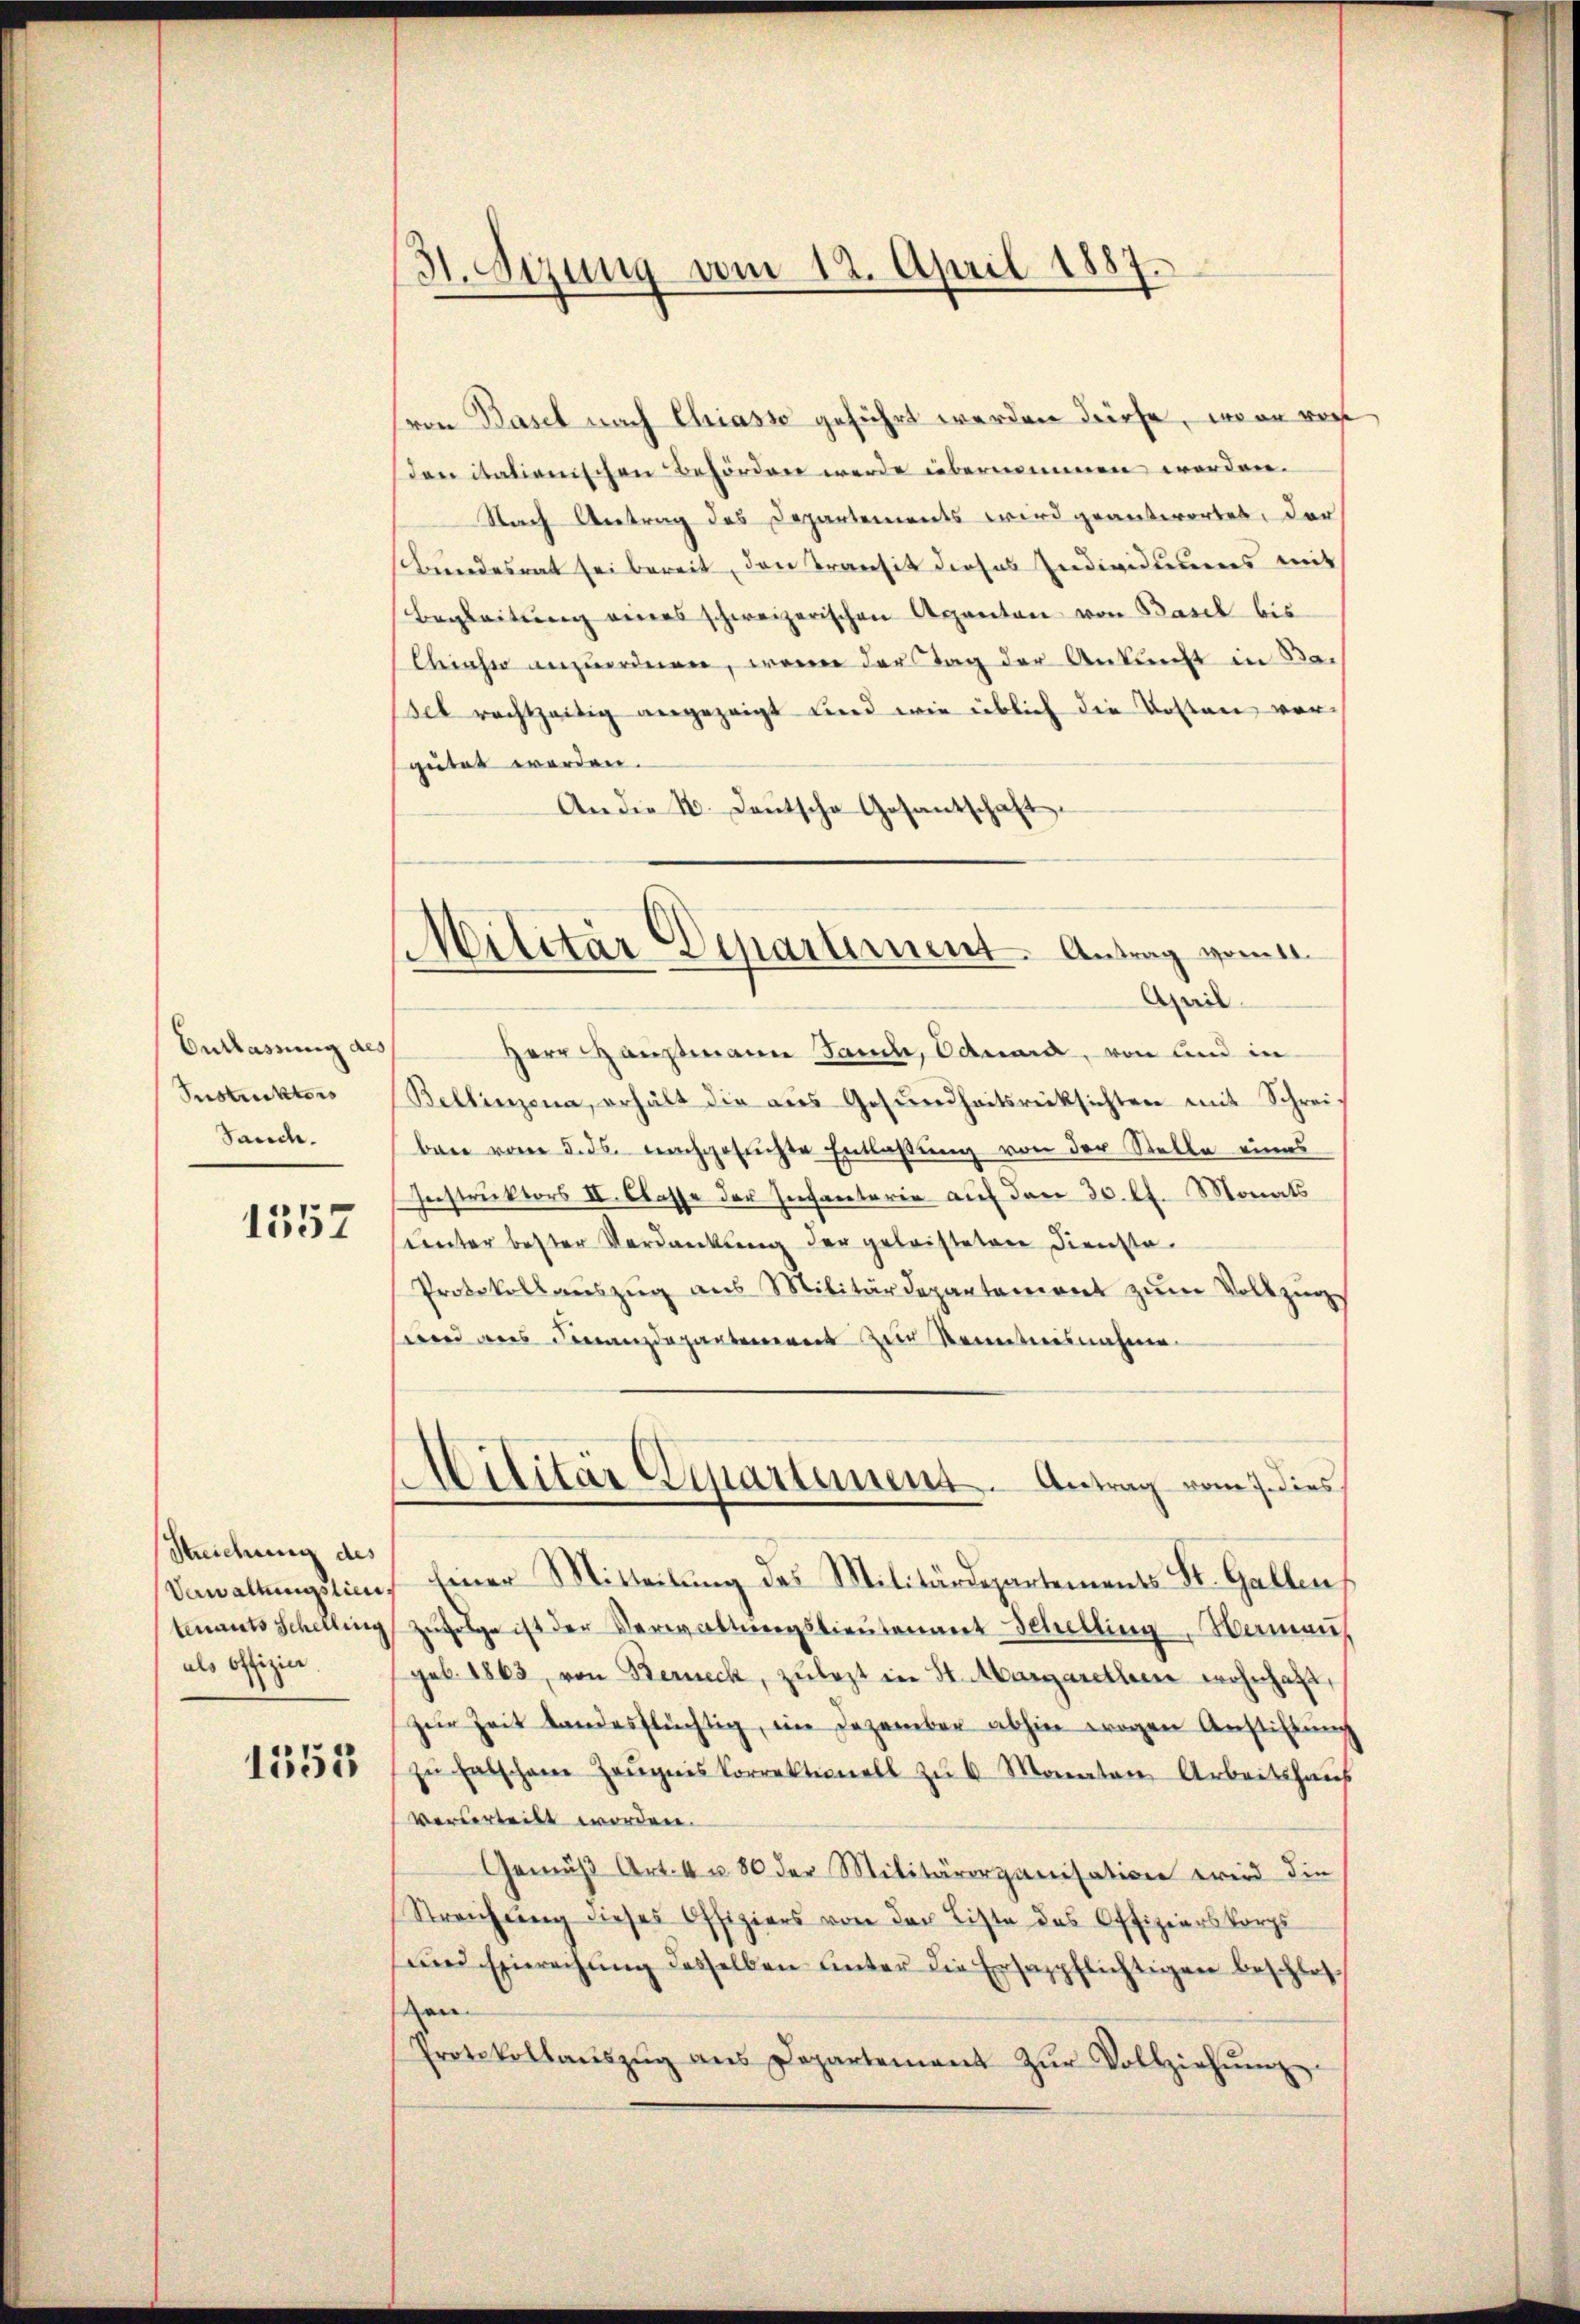
Entlassung des
Sustruktors
Sand.

1357

Streichung des
Verwaltungstien,
tenants Schelling
als Offizice

1555

31. Sizung vom 12. April 1887.

von Basel nach Chiasso geführt werden dürfe, wenn vor
den italienischen Behörden werde übernommen werden.
Nach Antrag des Departements wird geantwortet, der
Bundesrat sei bereit, den Transit dieses Individuums mit
Begleitung eines schweizerischen Agenten von Basel bis
Chiaher anzuordnen, wenn der Tag der Ankunft in Bapsel rechtzeitig angezeigt und wie üblich die Kosten vergütet werden.
An die 4. Deutsche Gesantschaft.
Herr Hausmann Sand, Oduard, von und in
Bellinzona, erhält die aŭs Gesŭndheitsrücksichten mit Schrei-
ban vom 3. ds. nachgesuchte Entlaßung von der Stelle eines
Instruktors II. Classe der Infanterie auf den 30. lt. Monats
unter bester Verdankung der geleisteten Dienste
Protokollaŭszŭg ans Militärdepartement zŭm Vollzŭgs
send des Finanzdepartement ein Kenntnisnahme.
Militär Departement. Antrag vom 7. dies
siner Mitteilung des Militärdepartements St. Gallen
Zŭfolge ist der Verwaltungslieutenant Schellingerman
geb. 1863, von Berneck, zulezt in St. Margarethen wohnhaft,
zŭr Zeit landesflüchtig, im Dezember abhin wegen Anstiftŭng
zŭ falschen Zeŭgnis korrektionell zŭ 6. Monaten Arbeitshaus
verderteilt worden.
Gemäβ Art. 4 u. 80 der Militärorganisation wird die
Streichung dieses Offiziers von der Liste des Offizierskorps
und Einreihung desselben unter die Ersazpflichtigen beschlosen
Protokollaŭszŭg ans Departement zŭr Vollziehŭng

Militär Departement. Antrag vom 11.
April.